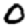
Digit: 0